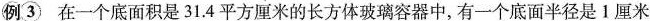
例③在一个底面积是31.4平方厘米的长方体玻璃容器中，有一个底面半径是1厘米